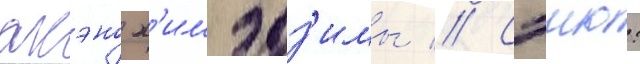
акэно х'имэдз'имы // Сэию: